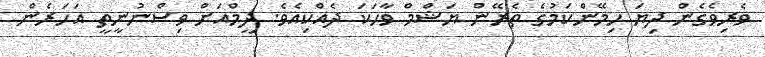
ވެރިވެގެން ދިޔަ ހިމޭންކަމުގެ ތެރޭން ޔަޝްމް ވާހަކަ ދެއްކިއެވެ. ދީމްއަށް ވިސްނުނީތީ އަހަރެން